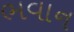
ભવાન